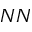
N N